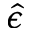
\hat { \epsilon }